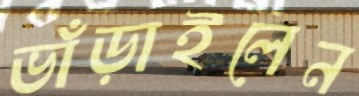
ভাঁড়াইলেন